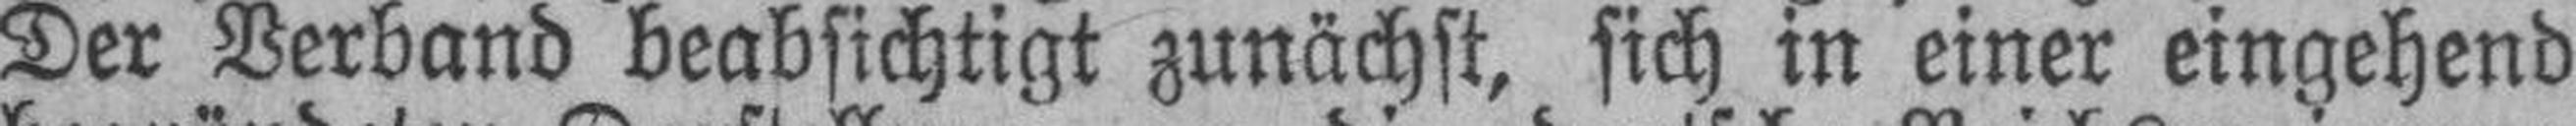
Der Verband beabsichtigt zunächst, sich in einer eingehend